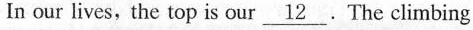
In our lives, the top is our\underline{12}.The climbing